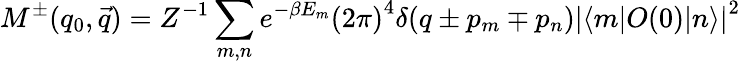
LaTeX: M^{\pm}(q_{0},\vec{q})=Z^{-1}\sum_{m,n}e^{-\beta E_{m}}{(2\pi)}^{4}\delta(q\pm p_{m}\mp p_{n}){|\langle m|O(0)|n\rangle|}^{2}